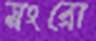
মংরো